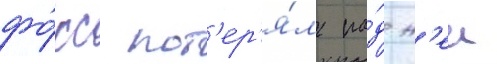
фо́кс пот'ер'я́л на́д н'еи